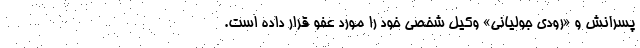
پسرانش و «رودی جولیانی» وکیل شخصی خود را مورد عفو قرار داده است.